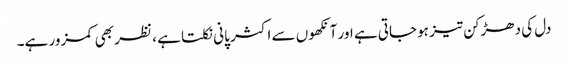
دل کی دھڑکن تیز ہوجاتی ہے اور آنکھوں سے اکثر پانی نکلتا ہے ، نظر بھی کمزور ہے۔